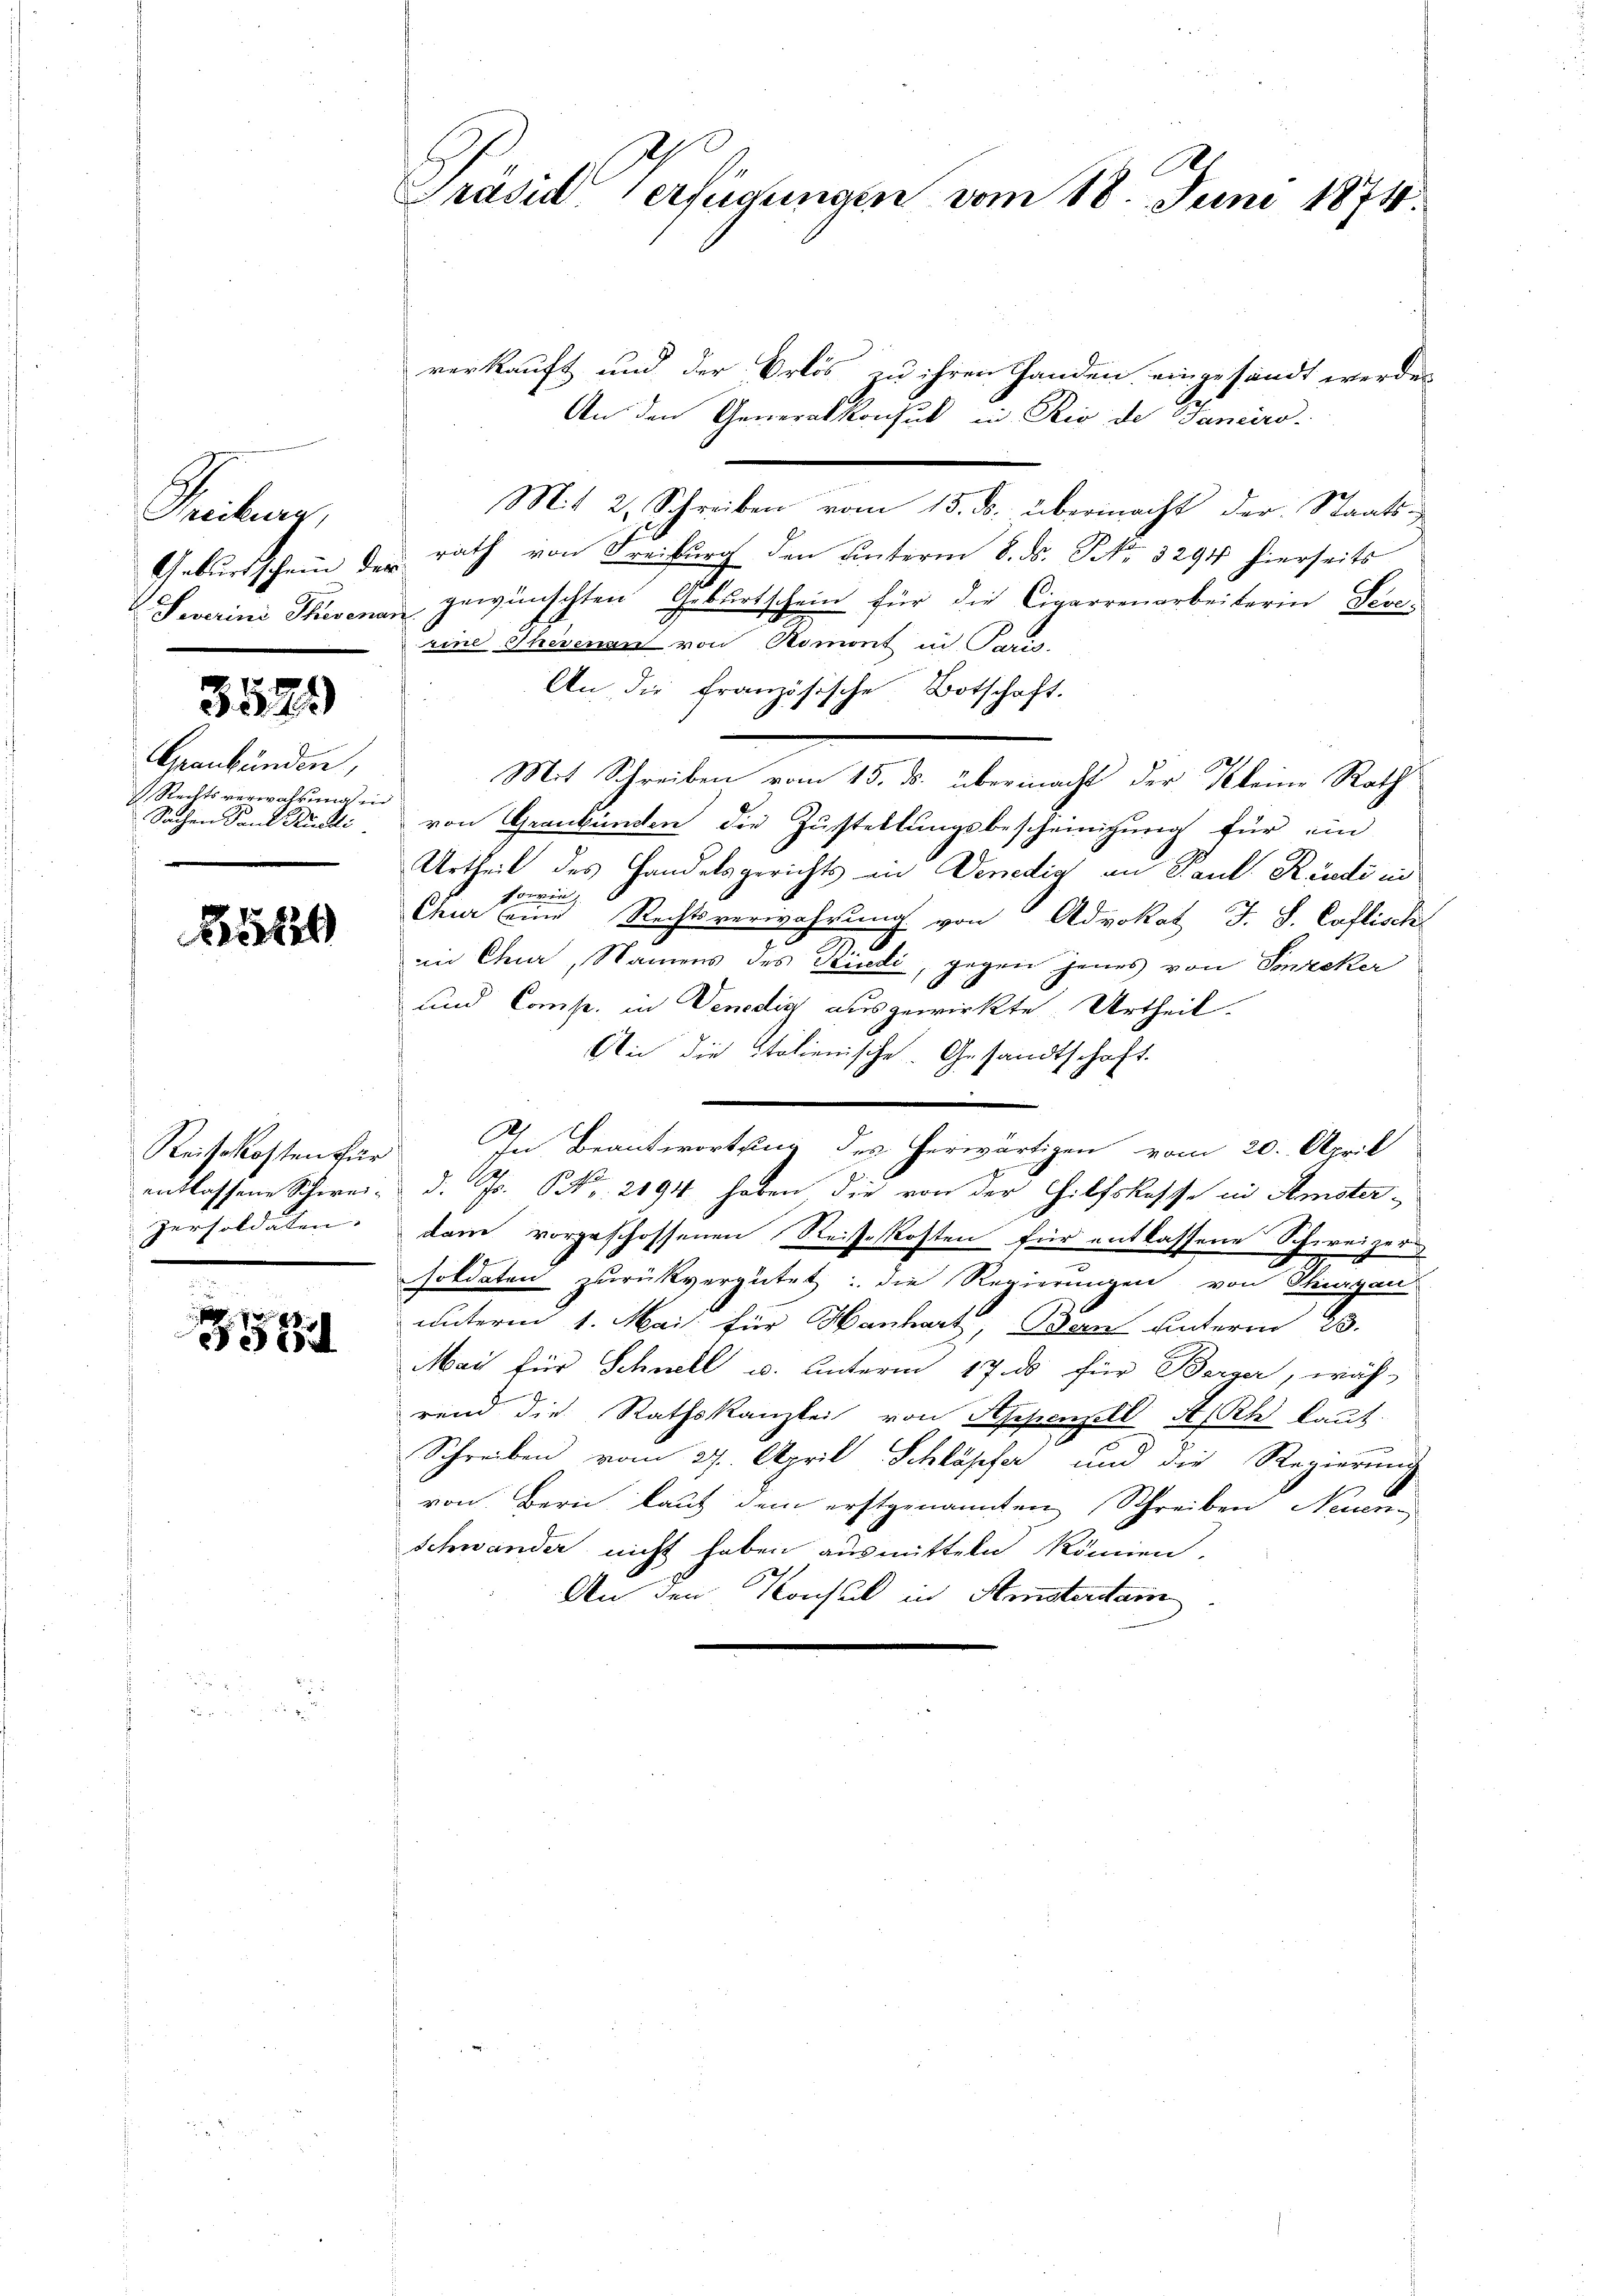
Freiburg,

3521)

Graubünden,
 Rechtsverwahrung in
Sachen Sand Rüedli

5t

Reisekosten für
persoldaten. |
e

5531

Präsiderfügungen vom 18. Juni 1874.

verkauft und der Erlös zu ihren Handen eingesandt werden
An den Generalkonsul in Rio de Janeiro-
Mit 2. Schreiben vom 15. ds. übermacht der Staats-
Geburtschein der rath von Freiburg den unterm 8. ds. P. Nr. 3294 hierseits
Feverini Therenan gewünschten Geburtschein für die Cigarrenarbeiterin Sereeine Therenen von Romont in P
An die französische Botschaft.
Mit Schreiben vom 15. ds. übermacht der Kleine Rath
von Graubünden die Zustellungsbescheinigung für ein
Urtheil des Handelsgerichts in Denedig an Paul. Rüedi in
sowie,
Chur eine Rechtsverwahrung von Advokat J. S. Caflisch
in Chur, Namens des Rindi, gegen Jenes von Soneker
und Comp. in Venedig ausgewirkte Urtheil.
An die Italienische Gesandtschaft.
In Beantwortung des herwärtigen vom 20. April
entlassene Schwei- & d. Js. Nr. 2194 haben die von der Hilfskasse in Amsterdam vorgeschossenen Reisekosten für entlassene Schweizer
soldaten zurückvergütet: die Regierungen von Thurgau
unterm 1. Mai. für Hanhart, an unterm 23.
Mai für Schnell u. unterm 17. ds für Berger, wäh-
rend die Rathskanzlei von Appenzell A/Rh kannt.
Schreiben vom 27. April Schläpfer und die Regierung
von Bern, lauf dem erstgenannten Schreiben Neuen¬
Schwander nicht haben ausmitteln können.
An den Konsul in Amsterstam